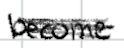
Text: become
Cross-out: scratch
Writing tool: digital_black